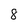
Character: 8